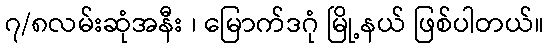
၇/၈လမ်းဆုံအနီး ၊ မြောက်ဒဂုံ မြို့နယ် ဖြစ်ပါတယ်။